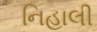
નિહાલી